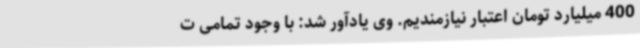
400 میلیارد تومان اعتبار نیازمندیم. وی یادآور شد: با وجود تمامی ت